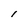
Character: l